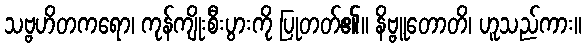
သဗ္ဗဟိတကရော၊ ကုန်ကျိုးစီးပွားကို ပြုတတ်၏။ နိဗ္ဗူတောတိ၊ ဟူသည်ကား။